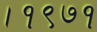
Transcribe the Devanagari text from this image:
।१९७१